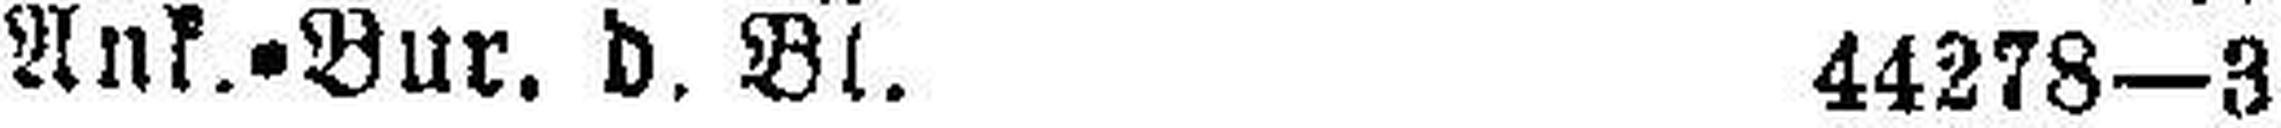
Ank.=Bur. d. Bl. 44278—3